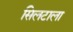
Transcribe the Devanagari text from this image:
सिलटाला